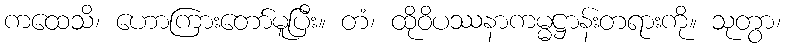
ကထေသိ၊ ဟောကြားတော်မူပြီး။ တံ၊ ထိုဝိပဿနာကမ္မဋ္ဌာန်းတရားကို။ သုတွာ၊